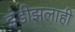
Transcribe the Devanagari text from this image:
इंडीझलाही